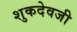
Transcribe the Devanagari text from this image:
शुकदेवजी